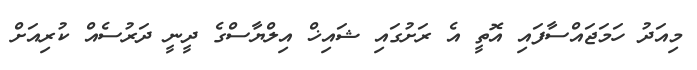
މިއަދު ހަމަޖައްސާފައި އޮތީ އެ ރަށުގައި ޝައިޚް އިލްޔާސްގެ ދީނީ ދަރުސެއް ކުރިއަށް